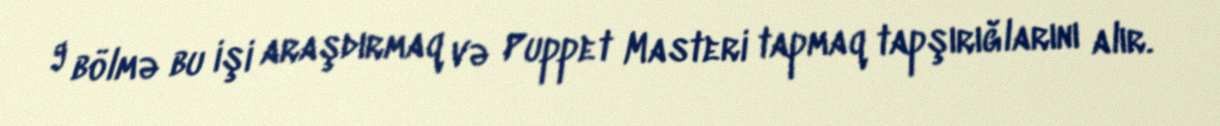
9 bölmə bu işi araşdırmaq və Puppet Masteri tapmaq tapşırığlarını alır.